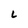
Character: L